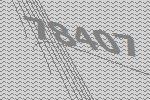
78407